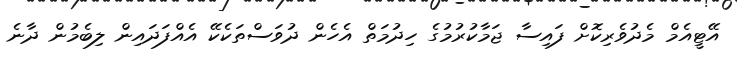
އޭޓީއެމް މެދުވެރިކޮށް ފައިސާ ޖަމާކުރުމުގެ ހިދުމަތް އެހެން ދުވަސްތަކެކޭ އެއްފަދައިން ލިބެމުން ދާނެ